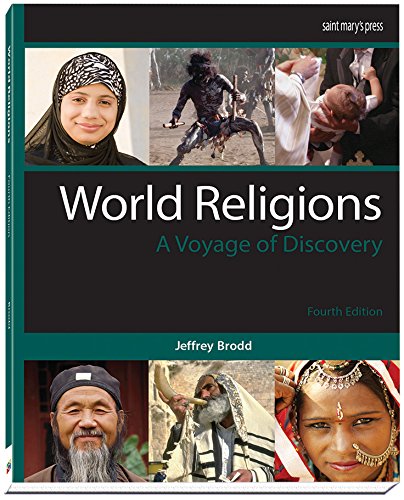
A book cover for World Religions (2015): A Voyage of Discovery 4th Edition; Jeffrey Brodd; Christian Books & Bibles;